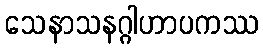
သေနာသနဂ္ဂါဟာပကဿ